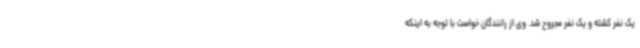
یک نفر کشته و یک نفر مجروح شد. وی از رانندگان خواست با توجه به اینکه